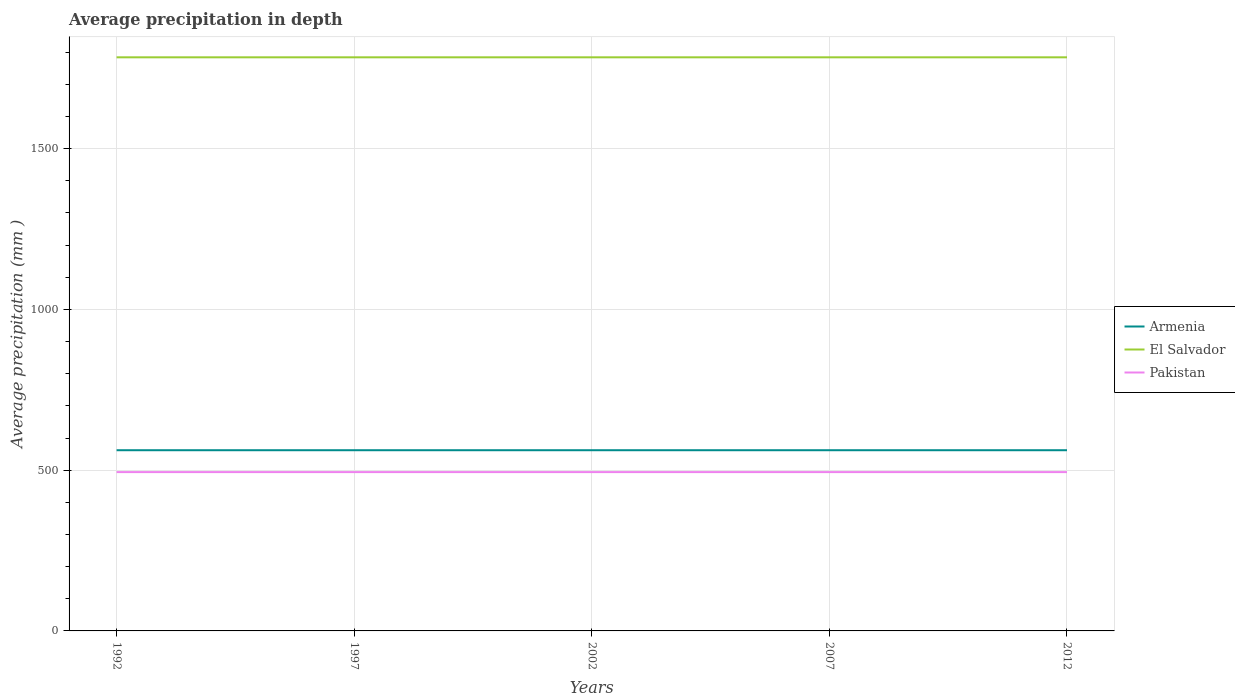
| Years | Armenia | El Salvador | Pakistan |
 | --- | --- | --- | --- |
 | 1992 | 562 | 1.78e+03 | 494 |
 | 1997 | 562 | 1.78e+03 | 494 |
 | 2002 | 562 | 1.78e+03 | 494 |
 | 2007 | 562 | 1.78e+03 | 494 |
 | 2012 | 562 | 1.78e+03 | 494 |